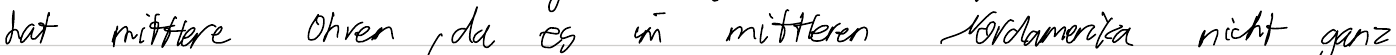
hat mittlere Ohren, da es im mittleren Nordamerika nicht ganz